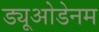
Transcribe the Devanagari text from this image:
ड्यूओडेनम